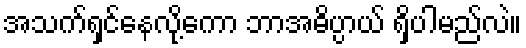
အသက်ရှင်နေလို့ကော ဘာအဓိပ္ပာယ် ရှိပါမည်လဲ။